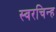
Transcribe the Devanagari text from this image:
स्वरचिन्ह